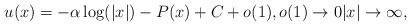
LaTeX: \begin{align*}u(x)=-\alpha \log(|x|) -P(x)+C+o(1),o(1)\to 0|x|\to\infty,\end{align*}